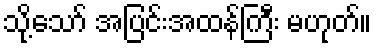
သို့သော် အပြင်းအထန်ကြီး မဟုတ်။